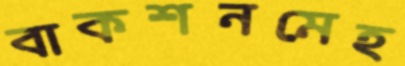
বাকশনমেহ